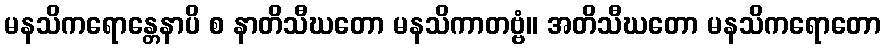
မနသိကရောန္တေနာပိ စ နာတိသီဃတော မနသိကာတဗ္ဗံ။ အတိသီဃတော မနသိကရောတော